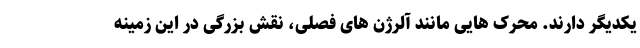
یکدیگر دارند. محرک هایی مانند آلرژن های فصلی، نقش بزرگی در این زمینه